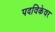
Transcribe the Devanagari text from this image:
पदविकेवर